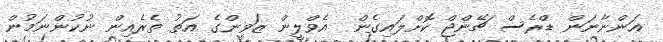
އަންނާނަން ޑްރެސް ޗޭންޖް ކޮށްލައިގެން  އެވްލީން ޒަވީންގެ އަތު ތެރެއިން ނުކުންނަމުން